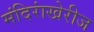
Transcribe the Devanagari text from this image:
मंदिरांखेरीज